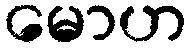
မောဟ